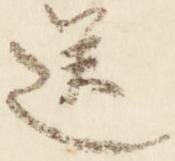
送